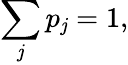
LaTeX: \sum_{\mathit{j}}p_{\mathit{j}}=1,